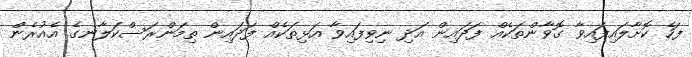
ފަހެ ކޮށާލައިފައިވާ ގޮވާންތަކެއް ފަދައިން އަދި ނިވިފައިވާ އަޅިތަކެއް ފަދައިން ތިމަންރަސްކަލާނގެ އެއުރެން